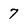
Character: 7